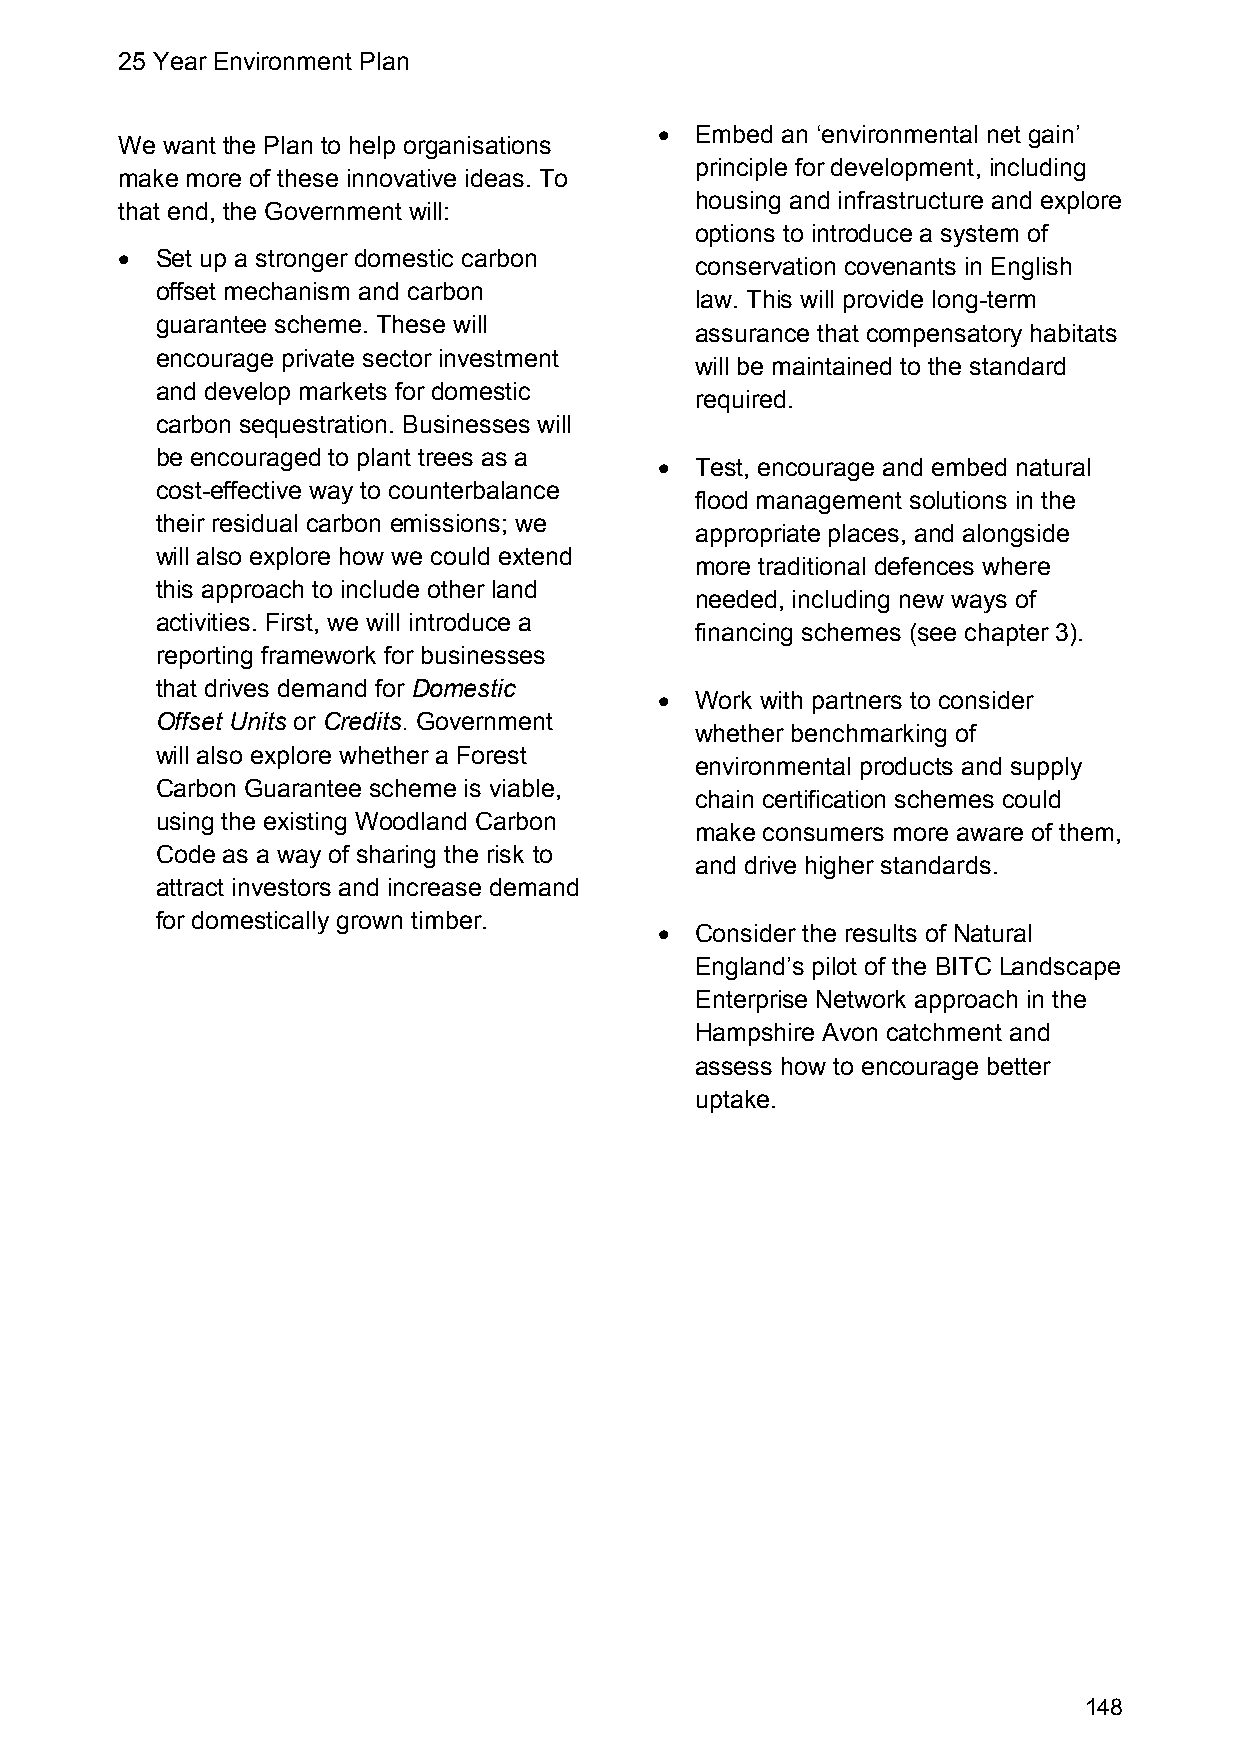
25 Year Environment Plan
  Embed an ‘environmental net gain’
 We want the Plan to help organisations
 principle for development, including
 make more of these innovative ideas. To
 housing and infrastructure and explore
 that end, the Government will:
 options to introduce a system of
  Set up a stronger domestic carbon
 conservation covenants in English
 offset mechanism and carbon
 law. This will provide long-term
 guarantee scheme. These will
 assurance that compensatory habitats
 encourage private sector investment
 will be maintained to the standard
 and develop markets for domestic
 required.
 carbon sequestration. Businesses will
 be encouraged to plant trees as a
  Test, encourage and embed natural
 cost-effective way to counterbalance
 flood management solutions in the
 their residual carbon emissions; we
 appropriate places, and alongside
 will also explore how we could extend
 more traditional defences where
 this approach to include other land
 needed, including new ways of
 activities. First, we will introduce a
 financing schemes (see chapter 3).
 reporting framework for businesses
 that drives demand for Domestic
  Work with partners to consider
 Offset Units or Credits. Government
 whether benchmarking of
 will also explore whether a Forest
 environmental products and supply
 Carbon Guarantee scheme is viable,
 chain certification schemes could
 using the existing Woodland Carbon
 make consumers more aware of them,
 Code as a way of sharing the risk to
 and drive higher standards.
 attract investors and increase demand
 for domestically grown timber.
  Consider the results of Natural
 England’s pilot of the BITC Landscape
 Enterprise Network approach in the
 Hampshire Avon catchment and
 assess how to encourage better
 uptake.
 148